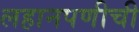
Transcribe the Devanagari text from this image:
लहानपणीची